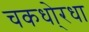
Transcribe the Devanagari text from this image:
चकधो्रधा